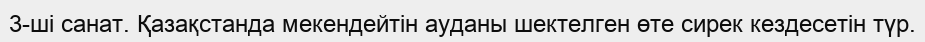
3-ші санат. Қазақстанда мекендейтін ауданы шектелген өте сирек кездесетін түр.